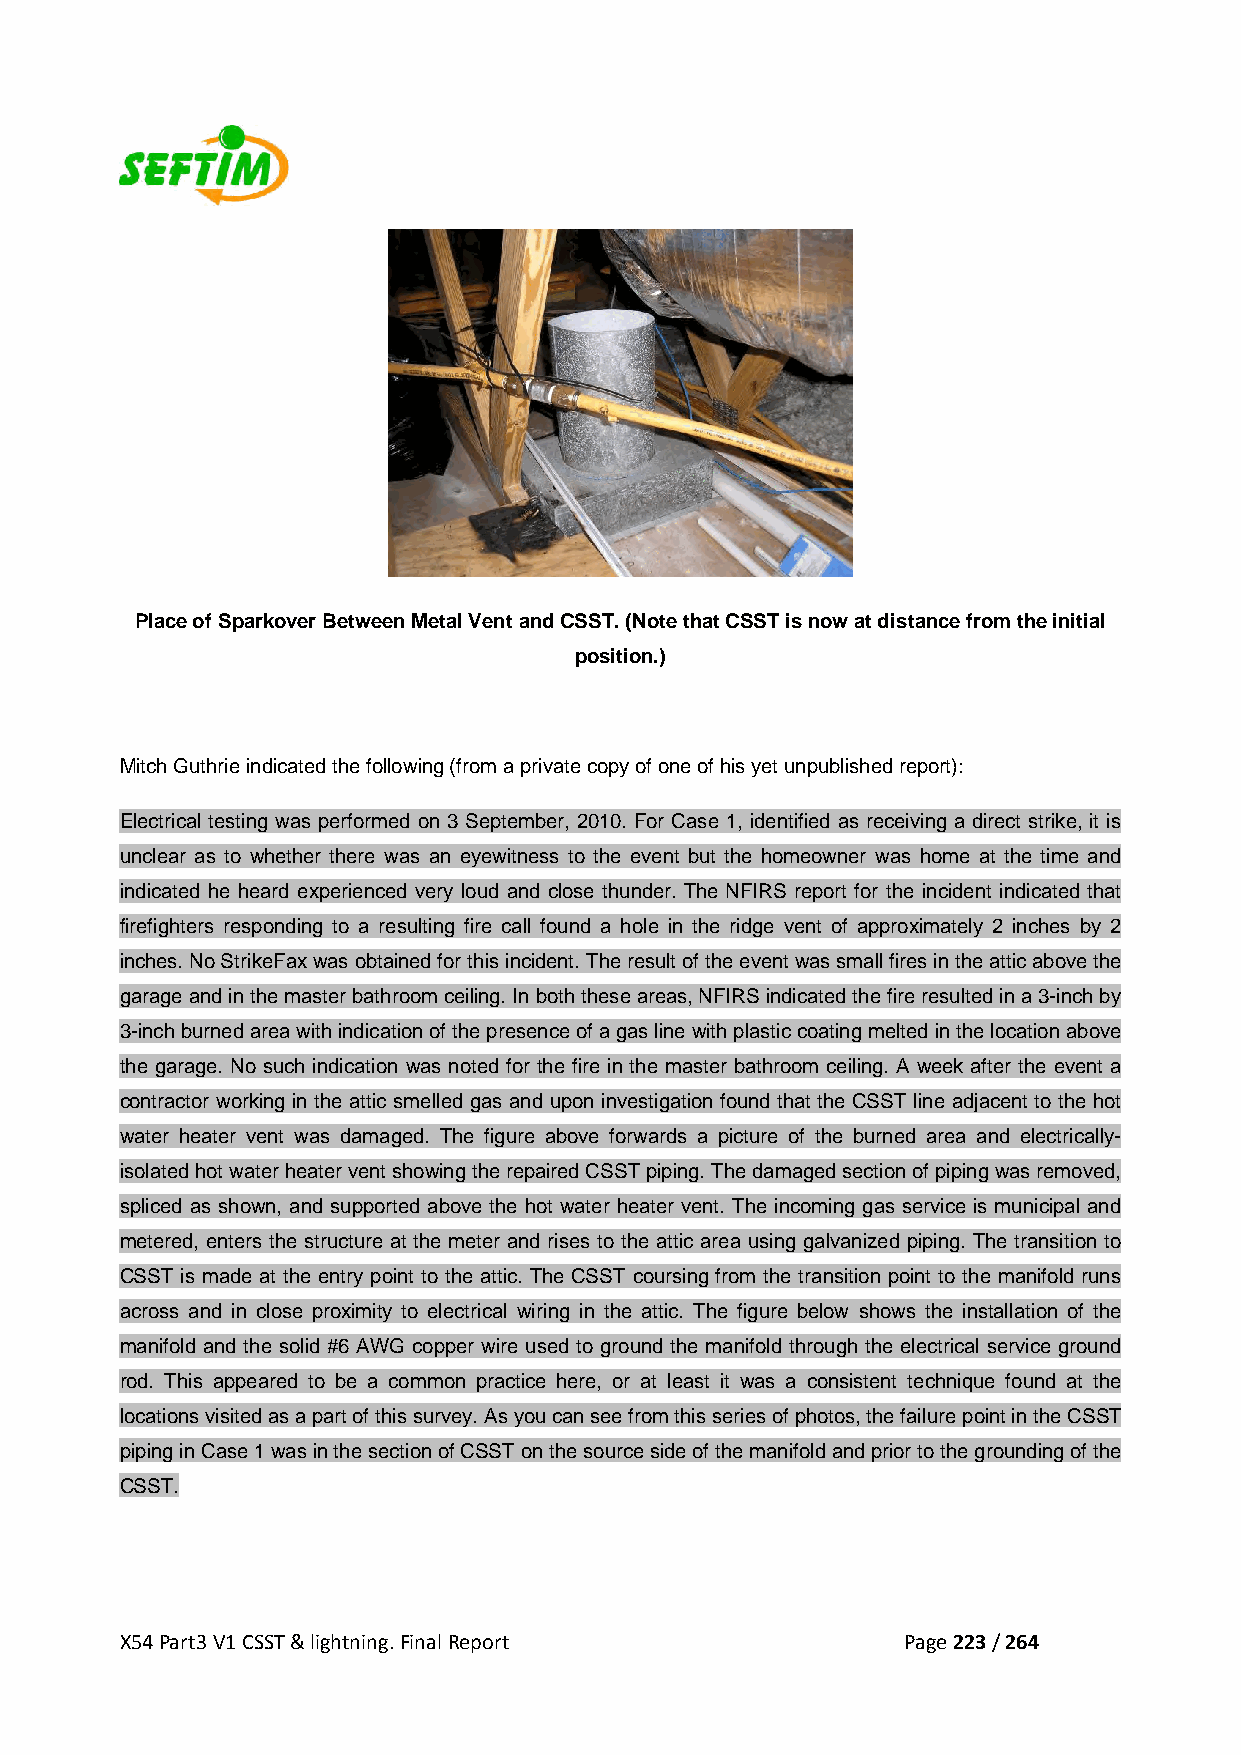
Place of Sparkover Between Metal Vent and CSST. (Note that CSST is now at distance from the initial
 position.)
 Mitch Guthrie indicated the following (from a private copy of one of his yet unpublished report):
 Electrical testing was performed on 3 September, 2010. For Case 1, identified as receiving a direct strike, it is
 unclear as to whether there was an eyewitness to the event but the homeowner was home at the time and
 indicated he heard experienced very loud and close thunder. The NFIRS report for the incident indicated that
 firefighters responding to a resulting fire call found a hole in the ridge vent of approximately 2 inches by 2
 inches. No StrikeFax was obtained for this incident. The result of the event was small fires in the attic above the
 garage and in the master bathroom ceiling. In both these areas, NFIRS indicated the fire resulted in a 3-inch by
 3-inch burned area with indication of the presence of a gas line with plastic coating melted in the location above
 the garage. No such indication was noted for the fire in the master bathroom ceiling. A week after the event a
 contractor working in the attic smelled gas and upon investigation found that the CSST line adjacent to the hot
 water heater vent was damaged. The figure above forwards a picture of the burned area and electrically-
 isolated hot water heater vent showing the repaired CSST piping. The damaged section of piping was removed,
 spliced as shown, and supported above the hot water heater vent. The incoming gas service is municipal and
 metered, enters the structure at the meter and rises to the attic area using galvanized piping. The transition to
 CSST is made at the entry point to the attic. The CSST coursing from the transition point to the manifold runs
 across and in close proximity to electrical wiring in the attic. The figure below shows the installation of the
 manifold and the solid #6 AWG copper wire used to ground the manifold through the electrical service ground
 rod. This appeared to be a common practice here, or at least it was a consistent technique found at the
 locations visited as a part of this survey. As you can see from this series of photos, the failure point in the CSST
 piping in Case 1 was in the section of CSST on the source side of the manifold and prior to the grounding of the
 CSST.
 X54 Part3 V1 CSST & lightning. Final Report         Page 223 / 264